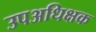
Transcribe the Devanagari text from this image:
उपअधिक्षक